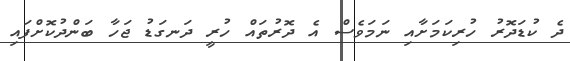
ދެ ކުޑަދޮރު ހުރިކަމަށާއި ނަމަވެސް އެ ދޮރުތައް ހުރީ ދަނގަޑު ޖަހާ ބަންދުކޮށްފައި